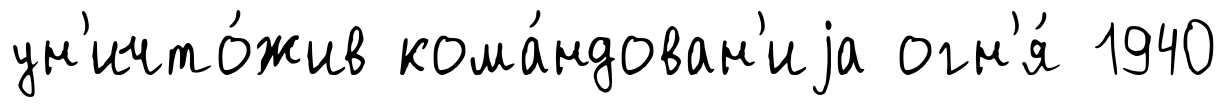
ун'ичто́жив кома́ндован'иjа огн'я́ 1940